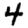
Digit: 4